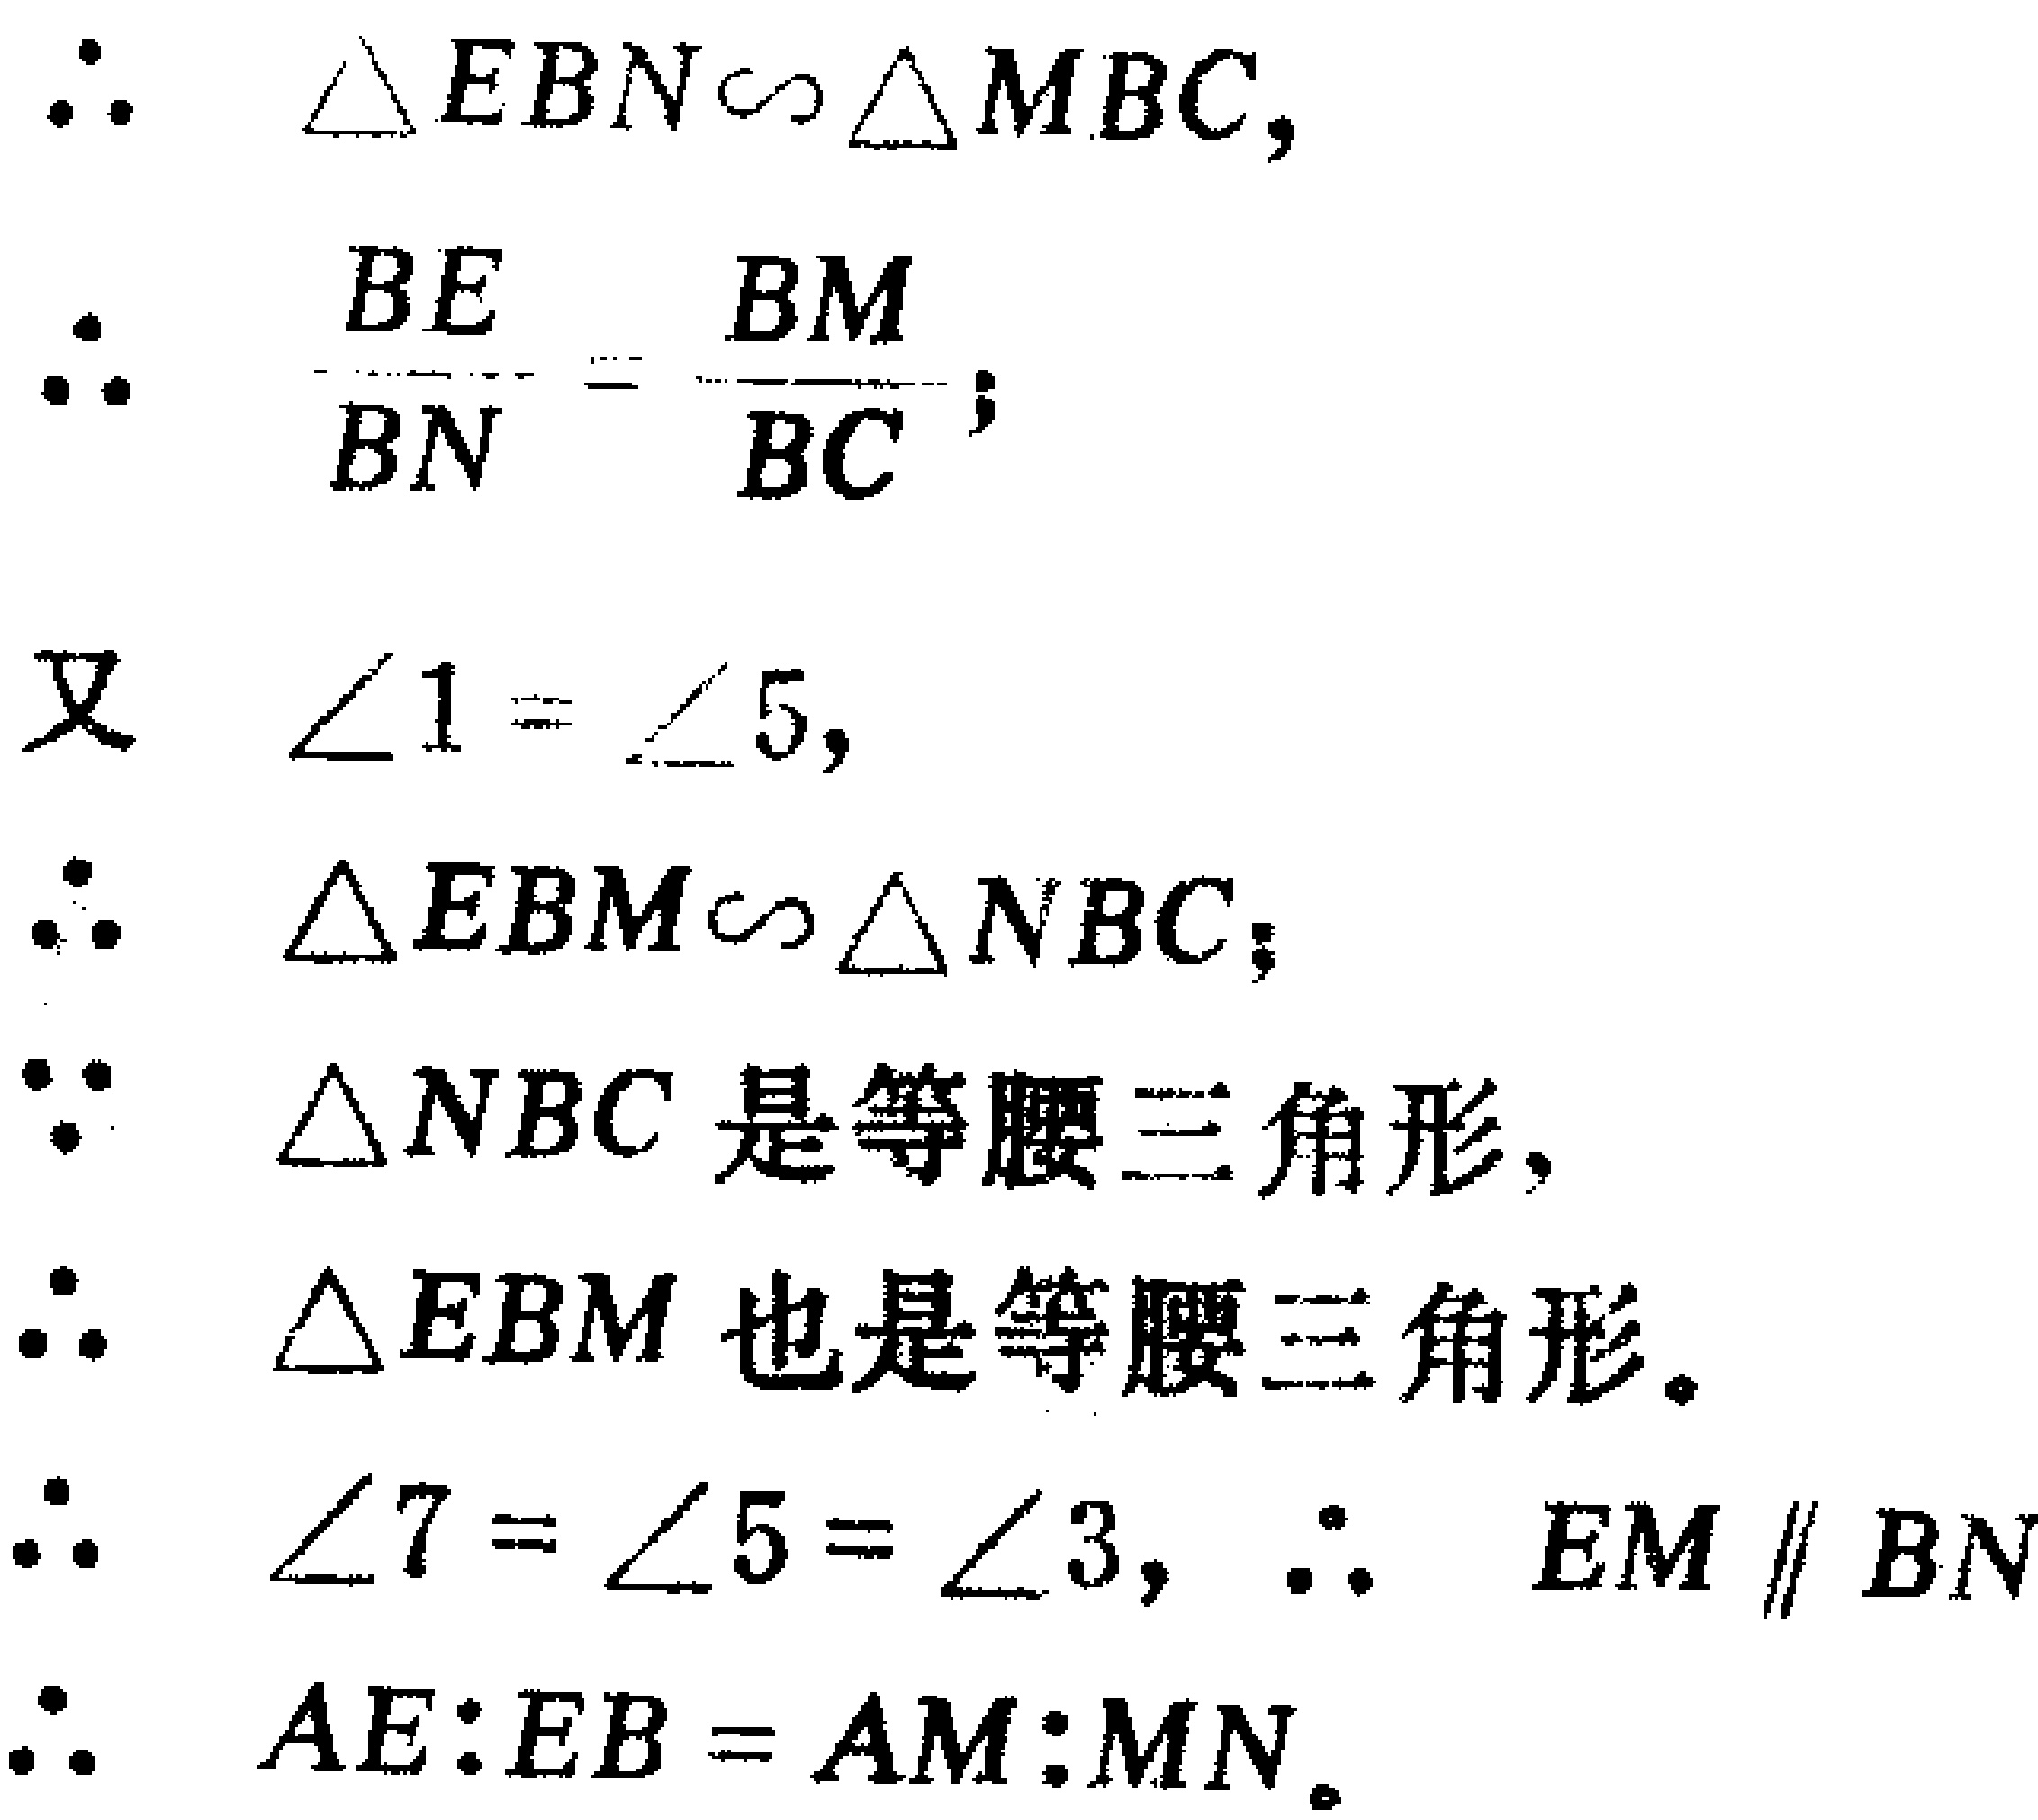
\begin{align*}

&\therefore\ \triangle EBN\sim\triangle MBC,\\

&\therefore\ \frac{BE}{BN}=\frac{BM}{BC};\\

&\text{又}\ \angle1 = \angle5,\\

&\therefore\ \triangle EBM\sim\triangle NBC;\\

&\because\ \triangle NBC\ \text{是等腰三角形},\\

&\therefore\ \triangle EBM\ \text{也是等腰三角形}.\\

&\therefore\ \angle7 = \angle5 = \angle3,\ \therefore\ EM\parallel BN\\

&\therefore\ AE:EB = AM:MN.

\end{align*}